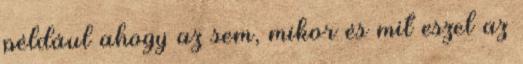
például ahogy az sem, mikor és mit eszel az